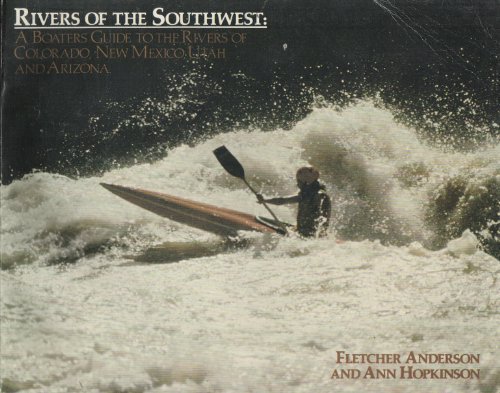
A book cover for Rivers of the Southwest: A Boaters Guide to the Rivers of Colorado, New Mexico, Utah, and Arizona; Fletcher Anderson; Sports & Outdoors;